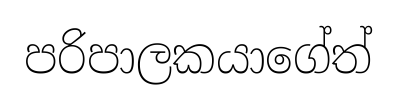
පරිපාලකයාගේත්